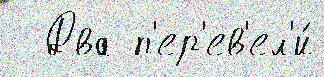
  Два п'ер'ев'ел'и́